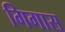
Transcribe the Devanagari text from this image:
गिगास